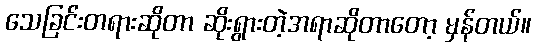
သေခြင်းတရားဆိုတာ ဆိုးရွားတဲ့အရာဆိုတာတော့ မှန်တယ်။